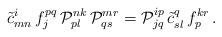
LaTeX: \begin{align*}\tilde{c}{}^i_{mn}\,f_j^{pq}\,{\cal P}^{nk}_{pl}\,{\cal P}^{mr}_{qs}={\cal P}^{ip}_{jq}\,\tilde{c}{}^q_{sl}\,f_p^{kr}\,. \end{align*}